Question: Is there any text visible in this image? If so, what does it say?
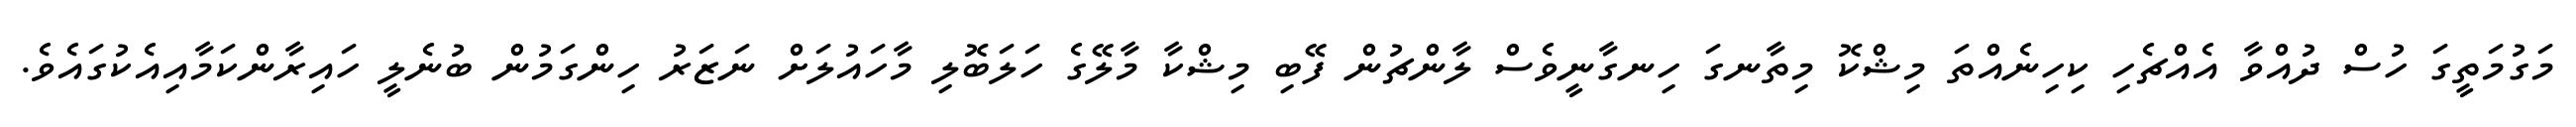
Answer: މަގުމަތީގަ ހުސް ދުއްވާ އެއްޗެހި ކިހިނެއްތަ މިޝްކޮ މިތާނގަ ހިނގާނީވެސް ލާންޗުން ފޭބި މިޝްކާ މާލޭގެ ހަލަބޮލި މާހައުލަށް ނަޒަރު ހިންގަމުން ބުނެލީ ހައިރާންކަމާއިއެކުގައެވެ.